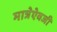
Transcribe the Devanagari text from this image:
मात्रेऐवजी